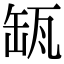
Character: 𦈪